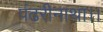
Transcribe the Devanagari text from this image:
पंढरीनाथा।।